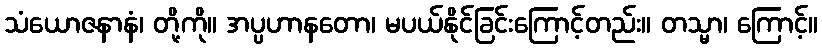
သံယောဇနာနံ၊ တို့ကို။ အပ္ပဟာနတော၊ မပယ်နိုင်ခြင်းကြောင့်တည်း။ တသ္မာ၊ ကြောင့်။